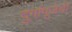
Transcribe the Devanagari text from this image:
दुर्गापूजेची